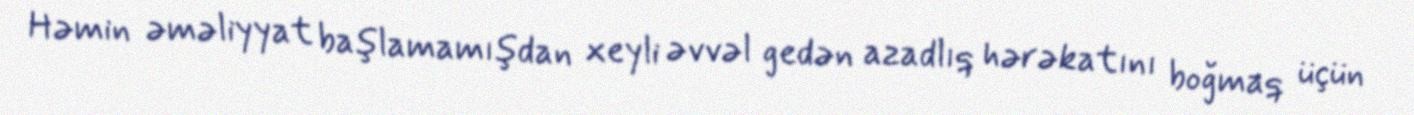
Həmin əməliyyat başlamamışdan xeyli əvvəl gedən azadlıq hərəkatını boğmaq üçün